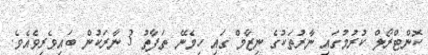
ކޮންޓްރޯލް ކުރުމުގައި ނާރުތަކުގެ ނިޒާމް ގައި ހިމެނޭ ތަފާތު 3 ނާރަކުން ބައިވެރިވެއެވެ.